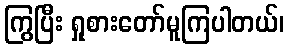
ကြွပြီး ရှုစားတော်မူကြပါတယ်၊